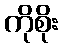
ကိုစိုး